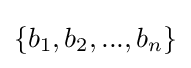
\{b_{1},b_{2},...,b_{n}\}